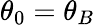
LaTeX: \theta_{0}=\theta_{B}